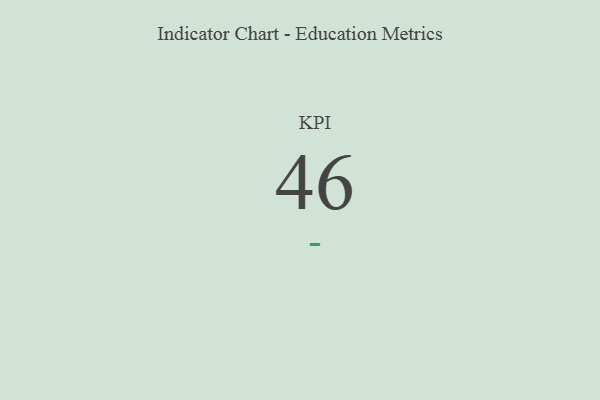
{"axis": {"x": "KPI", "y": "Value"}, "legend": [""], "data": [{"x": "KPI", "y": 46, "type": ""}]}